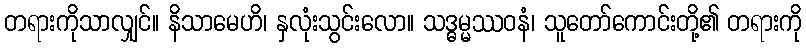
တရားကိုသာလျှင်။ နိသာမေဟိ၊ နှလုံးသွင်းလော။ သဒ္ဓမ္မဿဝနံ၊ သူတော်ကောင်းတို့၏ တရားကို